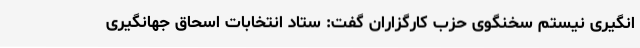
انگیری نیستم سخنگوی حزب کارگزاران گفت: ستاد انتخابات اسحاق جهانگیری